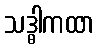
သဒ္ဓါကထာ